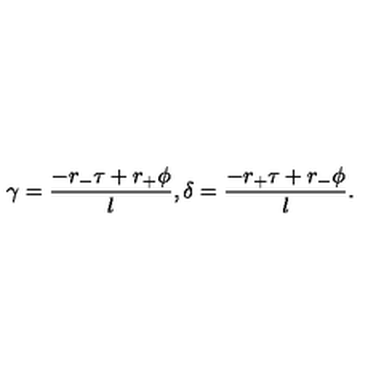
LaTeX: \gamma = { \frac { - r _ { - } \tau + r _ { + } \phi } { l } } , \delta = { \frac { - r _ { + } \tau + r _ { - } \phi } { l } } .